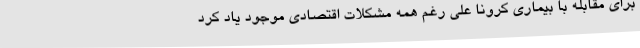
برای مقابله با بیماری کرونا علی رغم همه مشکلات اقتصادی موجود یاد کرد